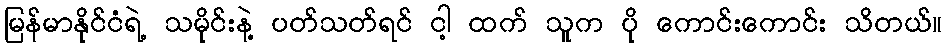
မြန်မာနိုင်ငံရဲ့ သမိုင်းနဲ့ ပတ်သတ်ရင် ငါ့ ထက် သူက ပို ကောင်းကောင်း သိတယ်။